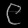
Digit: ၉